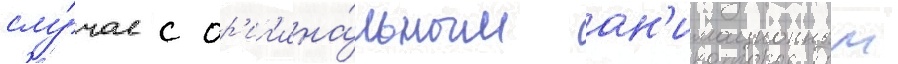
слу́чае с ор'иг'ина́льным ан'имационным